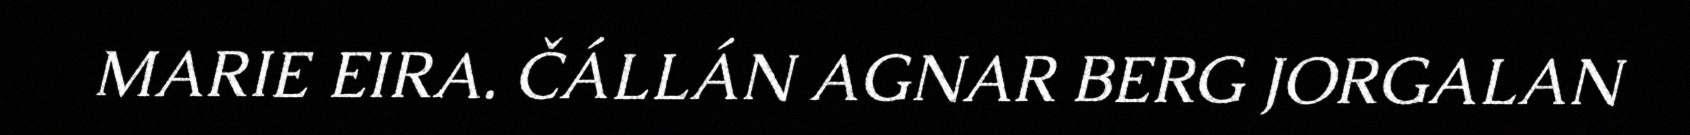
MARIE EIRA. ČÁLLÁN AGNAR BERG JORGALAN